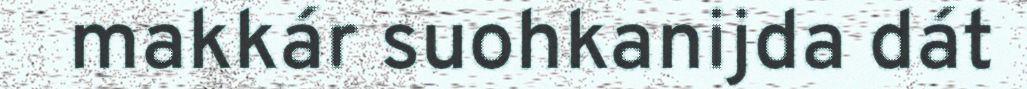
makkár suohkanijda dát